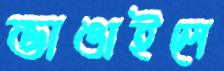
ভাঙাইলে